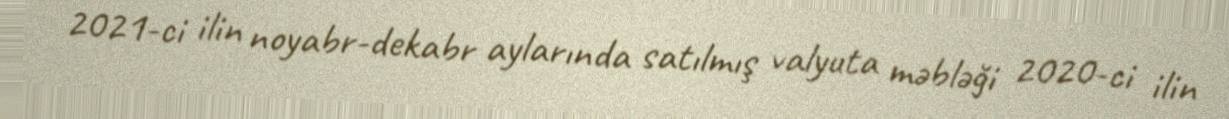
2021-ci ilin noyabr-dekabr aylarında satılmış valyuta məbləği 2020-ci ilin